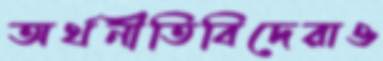
অর্থনীতিবিদেরাও